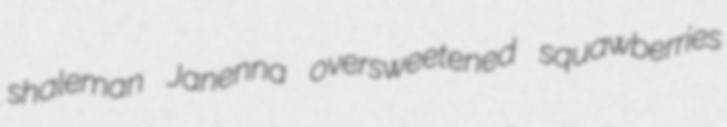
shaleman Janenna oversweetened squawberries